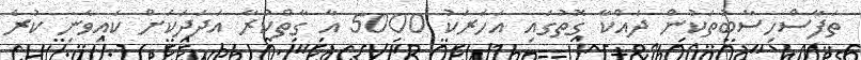
ތަފާސްހިސާބުތަކުން ދައްކާ ގޮތުގައި އަހަރަކު 5000 އާ ގާތްކުރާ އަދަދަކަށް ކައިވެނި ކުރެ